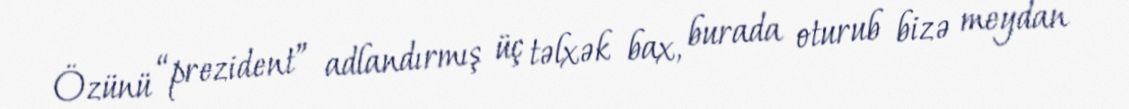
Özünü “prezident” adlandırmış üç təlxək bax, burada oturub bizə meydan